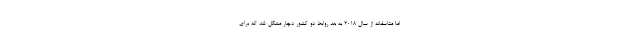
اما متاسفانه از سال ۲۰۱۸ به بعد روابط دو کشور دچار مشکل شد که برای